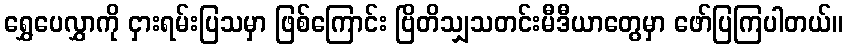
ရွှေပေလွှာကို ငှားရမ်းပြသမှာ ဖြစ်ကြောင်း ဗြိတိသျှသတင်းမီဒီယာတွေမှာ ဖော်ပြကြပါတယ်။